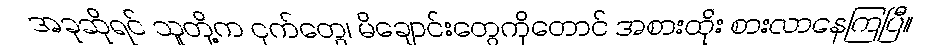
အခုဆိုရင် သူတို့က ငှက်တွေ၊ မိချောင်းတွေကိုတောင် အစားထိုး စားလာနေကြပြီ။